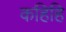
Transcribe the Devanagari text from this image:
कहिहि